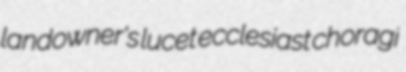
landowner's lucet ecclesiast choragi